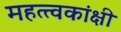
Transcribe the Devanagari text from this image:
महत्त्वकांक्षी